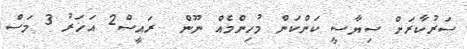
ސަރުކާރަށް ސިޔާސީ ކަންކަން މުހިންމެއް ނޫން  ރައީސް2 އަހަރު 3 މަސް